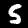
Label: 5